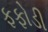
ફફોડી